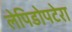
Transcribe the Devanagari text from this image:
लेपिडोपटेरा